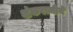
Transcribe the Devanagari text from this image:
शंकराजीने